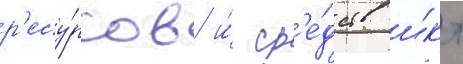
р'есу́рсов и́ ср'е́дств и́кт